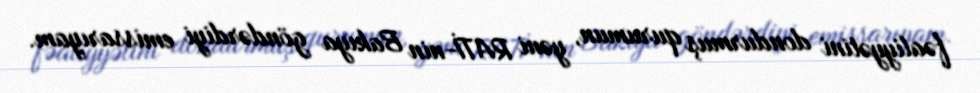
fəaliyyətini dondurmuş qurumun, yəni RATİ-nin Bakıya göndərdiyi emissarıyam.